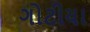
ગોટીયા